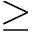
\geq